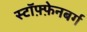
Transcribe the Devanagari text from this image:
स्टॉफ़्फ़ेनबर्ग